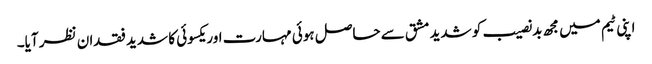
اپنی ٹیم میں مجھ بدنصیب کو شدید مشق سے حاصل ہوئی مہارت اور یکسوئی کا شدید فقدان نظر آیا۔